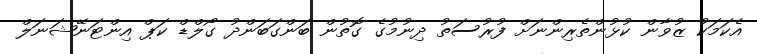
އެކަމަކު ޒުވާން ކުޅުންތެރިންނަށް ފުރުސަތު ދިނުމުގެ ގޮތުން ބަންގަބަންދު ގޯލްޑް ކަޕް އިންޓަނޭޝަނަލް